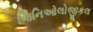
જિનિઓલોજીકલ